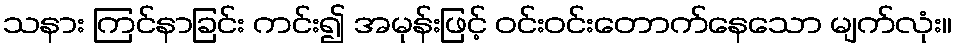
သနား ကြင်နာခြင်း ကင်း၍ အမုန်းဖြင့် ဝင်းဝင်းတောက်နေသော မျက်လုံး။